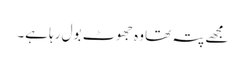
مجھے پتہ تھا وہ جھوٹ بول رہا ہے۔